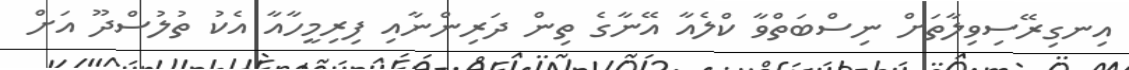
އިނގިރޭސިވިލާތަށް ނިސްބަތްވާ ކްލެއާ އޭނާގެ ތިން ދަރިންނާއި ފިރިމީހާއާ އެކު ތުލުސްދޫ އަށް